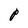
Character: P